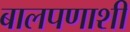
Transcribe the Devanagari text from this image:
बालपणाशी